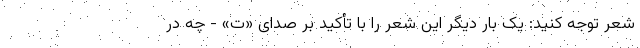
شعر توجه کنید: یک بار دیگر این شعر را با تأکید بر صدای «ت» - چه در